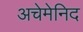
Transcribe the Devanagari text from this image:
अचेमेनिद